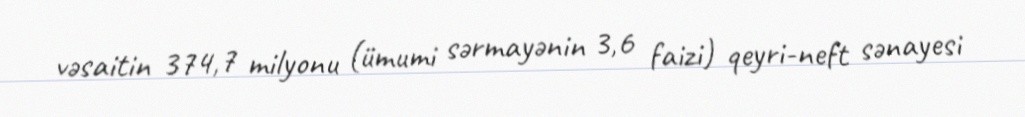
vəsaitin 374,7 milyonu (ümumi sərmayənin 3,6 faizi) qeyri-neft sənayesi